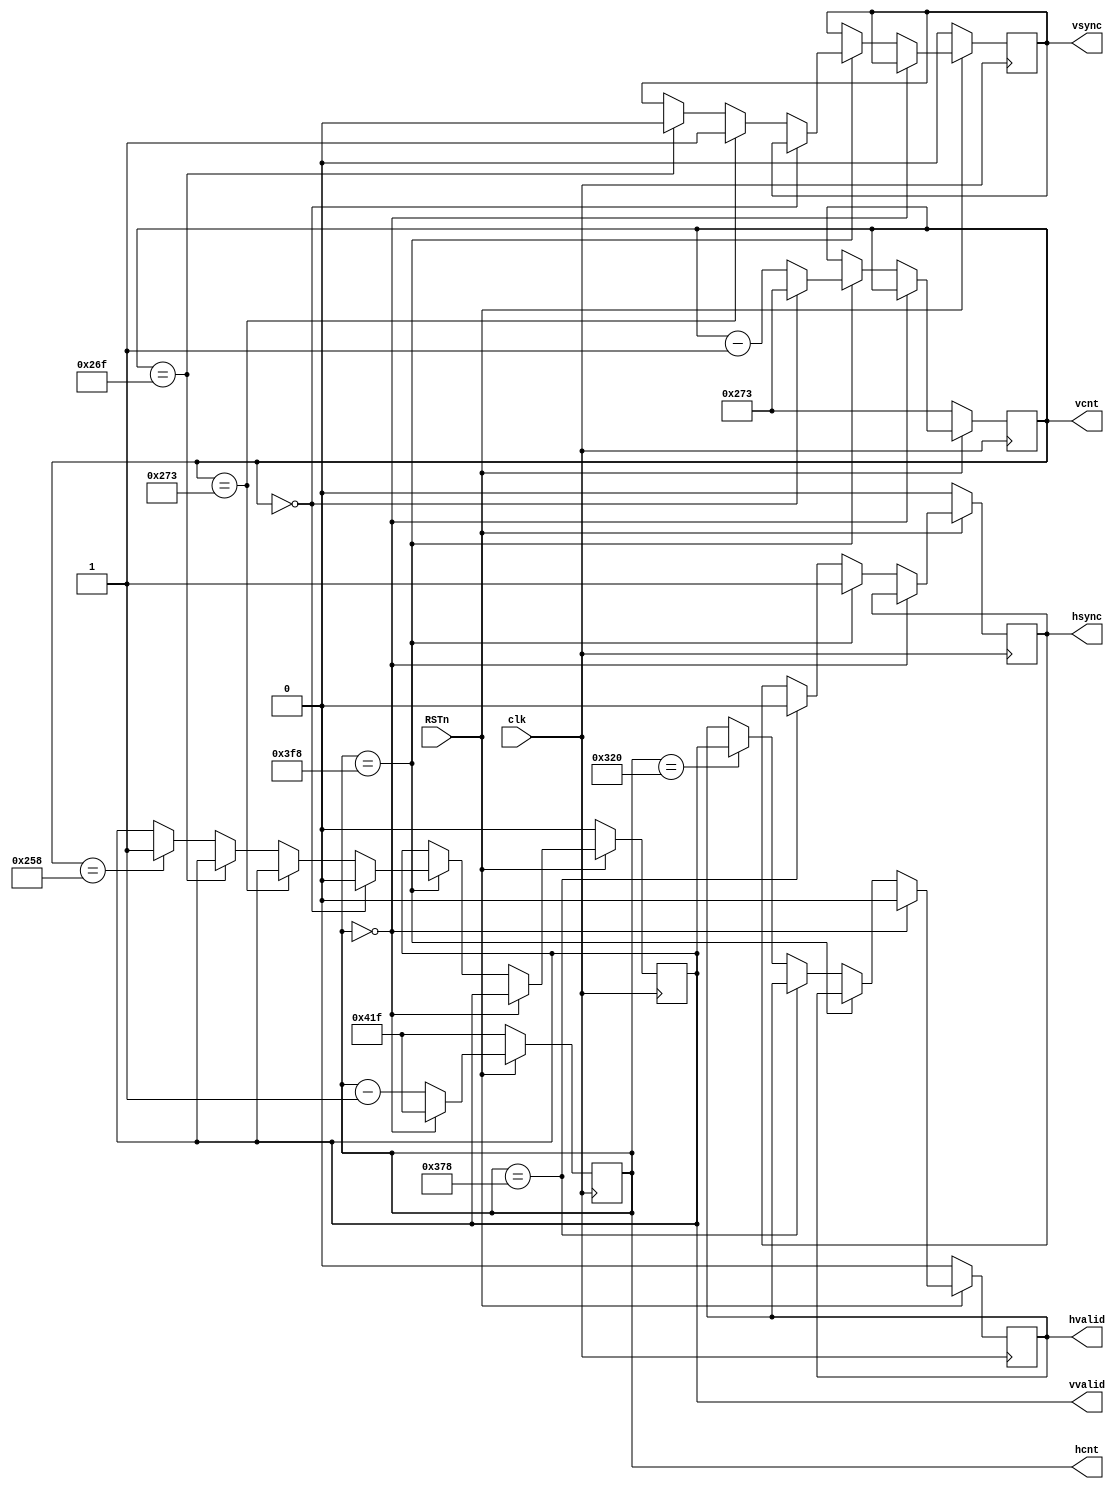
`define HDOT 1056
`define HDOT0 1055
`define HFP 40
`define HSYNC 128
`define HBP 88

`define VDOT 628
`define VDOT0 627
`define VFP 1
`define VSYNC 4
`define VBP 23
	
module sync(clk,RSTn,hsync,vsync,hvalid,vvalid,hcnt,vcnt);
input clk,RSTn;
output hsync, vsync, hvalid, vvalid;
output[10:0] hcnt, vcnt;
reg[10:0] hcnt, vcnt;
reg hvalid, vvalid,hsync, vsync;
always @(posedge clk)begin
	if(!RSTn)begin
		hcnt <= `HDOT0; hvalid<=0; hsync<=0;
		vcnt <= `VDOT0; vvalid<=0; vsync<=0;
	end else begin 
		if( hcnt == 0 )begin
			hvalid<=0; hcnt<=`HDOT0;
		end else begin
			if( hcnt == (`HDOT-`HFP) )begin
				hsync<=1;
				if( vcnt == 0 )begin
					vvalid<=0; vcnt<=`VDOT0;
				end else begin
					if( vcnt==(`VDOT-`VFP) )vsync<=1;
					else if( vcnt==(`VDOT-`VFP-`VSYNC) )vsync<=0;
					else if( vcnt==(`VDOT-`VFP-`VSYNC-`VBP) )vvalid<=1;
					vcnt<=vcnt-1;
				end
			end else if( hcnt==(`HDOT-`HFP-`HSYNC) )hsync<=0;
			else     if( hcnt==(`HDOT-`HFP-`HSYNC-`HBP))hvalid<=vvalid;
			hcnt<=hcnt-1;
		end
	end
end
endmodule